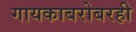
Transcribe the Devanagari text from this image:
गायकाबरोबरही